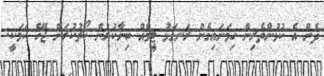
ދެން އެ ކުޅުންތެރިން ހިމަނައިގެން ރަނގަޅު ޓީމެއް ބިނާކުރުން ކޯޗުކުރަން ޖެހޭ ކަމަކީ.